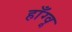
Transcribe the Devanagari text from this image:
हाँग्वू